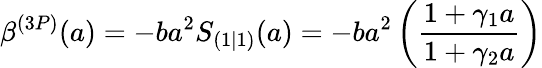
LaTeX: \beta^{(3P)}(a)=-ba^{2}S_{(1|1)}(a)=-ba^{2}\left(\frac{1+\gamma_{1}a}{1+\gamma_{2}a}\right)